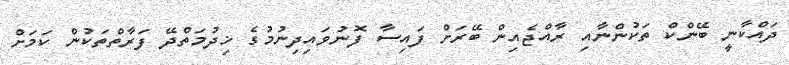
ދައްކާނީ ބޭންކް ތަކުންނާއި ރާއްޖެއިން ބޭރަށް ފައިސާ ފޮނުވައިދިނުމުގެ ޚިދުމަތްދޭ ފަރާތްތަކުން ކަމަށް